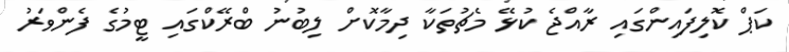
ކަޕް ކޮލިފައިންގައި ރާއްޖެ ކުޅޭ މެޗުތަކާ ދިމާކޮށް ލިބުނު ބްރޭކްގައި ޓީމުގެ ފެންވަރު